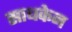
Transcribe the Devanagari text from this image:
साधकेन